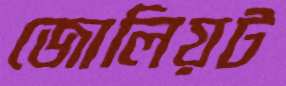
জোলিয়ট